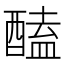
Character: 醘